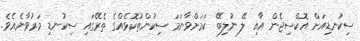
ސިކުނޑިއަށް އޮކްސިޖެން އާއި ލޭ ނުލިބޭ ކަމަށްވާނަމަ ސިކުންތުކޮޅެއްގެ ތެރޭގައި ސިކުނޑި މަރުވާނެއެވެ.